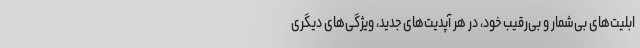
ابلیت‌های بی‌شمار و بی‌رقیب خود، در هر آپدیت‌های جدید، ویژگی‌های دیگری